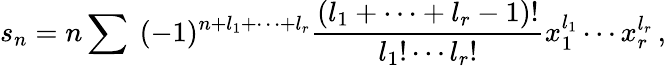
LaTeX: s_{n}=n\sum\ (-1)^{n+l_{1}+\cdots+l_{r}}\frac{(l_{1}+\cdots+l_{r}-1)!}{l_{1}!\cdots l_{r}!}x_{1}^{l_{1}}\cdots x_{r}^{l_{r}}\, ,